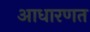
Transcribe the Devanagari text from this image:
आधारणत